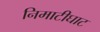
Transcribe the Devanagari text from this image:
निमाटीघाट